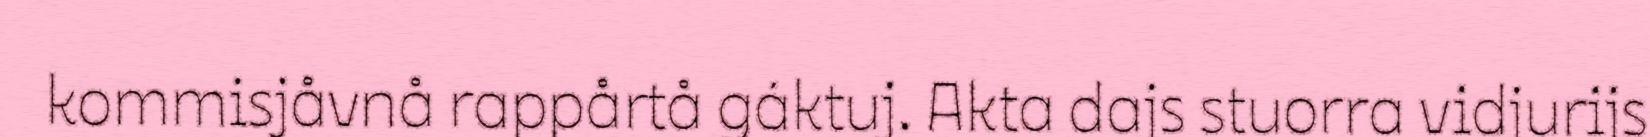
kommisjåvnå rappårtå gáktuj. Akta dajs stuorra vidjurijs